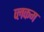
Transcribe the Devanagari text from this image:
व्लकम